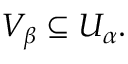
V _ { \beta } \subseteq U _ { \alpha } .